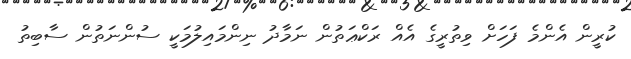
ކުރީން އެންމެ ފަހަށް ވިތުރީގެ އެއް ރަކްޢަތުން ނަމާދު ނިންމައިލުމަކީ ސުންނަތުން ސާބިތު